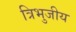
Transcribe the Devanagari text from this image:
त्रिभुजीय